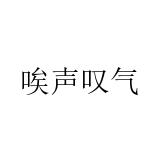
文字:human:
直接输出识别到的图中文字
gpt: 唉声叹气